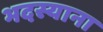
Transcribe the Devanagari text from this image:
भदस्याना